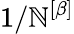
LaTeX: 1/\mathbb{N}^{\left[\beta\right]}